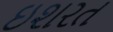
ઇશરત